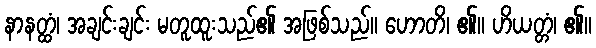
နာနတ္ထံ၊ အချင်းချင်း မတူထူးသည်၏ အဖြစ်သည်။ ဟောတိ၊ ၏။ ဟိယတ္တံ၊ ၏။